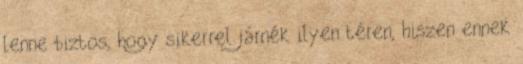
lenne biztos, hogy sikerrel járnék ilyen téren, hiszen ennek